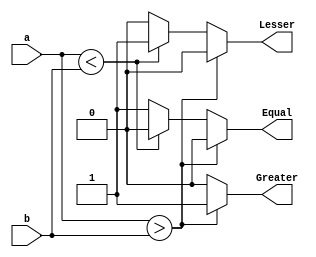
`timescale 1ns / 1ps
//////////////////////////////////////////////////////////////////////////////////
// Company: 
// Engineer: 
// 
// Create Date: 
// Design Name: 
// Module Name: N_bitcomparator
// Project Name: 
// Target Devices: 
// Tool Versions: 
// Description: 
// 
// Dependencies: 
// 
// Revision:
// Revision 0.01 - File Created
// Additional Comments:
// 
//////////////////////////////////////////////////////////////////////////////////


module N_bitcomparator(Lesser,Greater,Equal,a,b);
parameter n=16;
input [n-1:0]a,b;
output Lesser,Greater,Equal;
reg Lesser=0,Greater=0,Equal=0;
always @ (a,b)
begin
if(a>b)
begin
Lesser=0;Equal=0;Greater=1;
end
else if (a<b)
begin
Lesser=1;Equal=0;Greater=0;
end
else
begin
Lesser=0;Equal=1;Greater=0;
end
end
endmodule